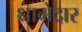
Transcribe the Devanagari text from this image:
धागेदार